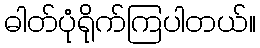
ဓါတ်ပုံရိုက်ကြပါတယ်။